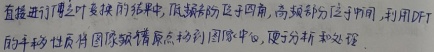
直接进行傅里叶变换的结果中，低频成分位于四角，高频成分位于中间，利用DFT的平移性质将原频域原点移到图像中心，便于分析和处理。